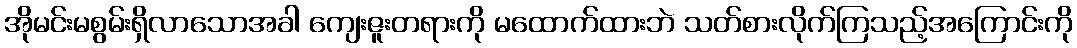
အိုမင်းမစွမ်းရှိလာသောအခါ ကျေးဇူးတရားကို မထောက်ထားဘဲ သတ်စားလိုက်ကြသည့်အကြောင်းကို